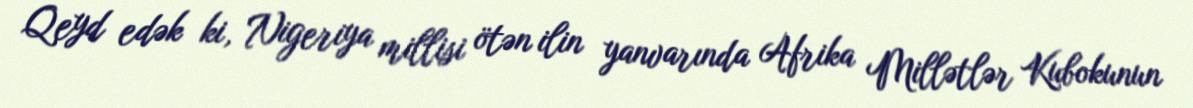
Qeyd edək ki, Nigeriya millisi ötən ilin yanvarında Afrika Millətlər Kubokunun